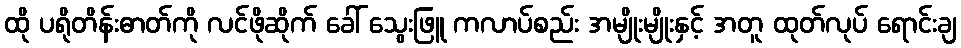
ထို ပရိုတိန်းဓာတ်ကို လင်ဖိုဆိုက် ခေါ် သွေးဖြူ ကလာပ်စည်း အမျိုးမျိုးနှင့် အတူ ထုတ်လုပ် ရောင်းချ